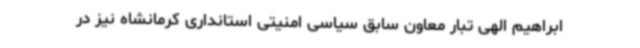
ابراهیم الهی تبار معاون سابق سیاسی امنیتی استانداری کرمانشاه نیز در